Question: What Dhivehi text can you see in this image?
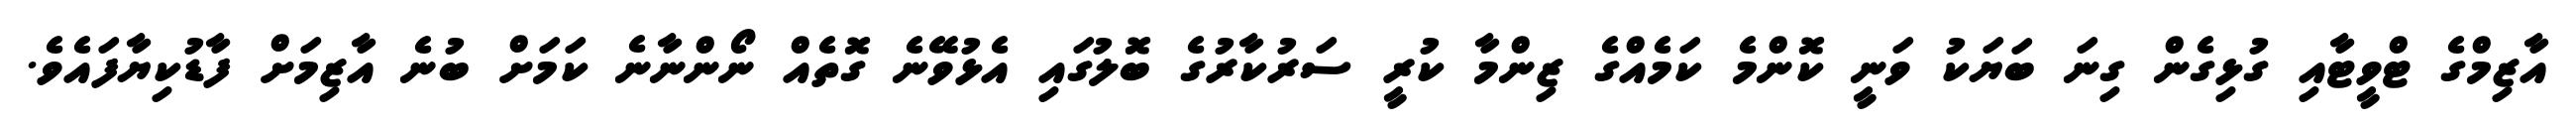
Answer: އާޒިމްގެ ޓްވީޓާއި ގުޅިގެން ގިނަ ބަޔަކު ވަނީ ކޮންމެ ކަމެއްގެ ޒިންމާ ކުރީ ސަރުކާރުގެ ބޮލުގައި އެޅުވޭނެ ގޮތެއް ނޯންނާނެ ކަމަށް ބުނެ އާޒިމަށް ފާޑުކިޔާފައެވެ.